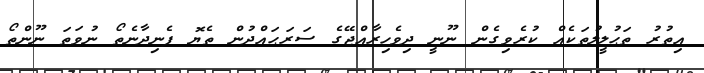
އިތުރު ތަޙުލީލުތަކެއް ކުރެވިގެން ނޫނީ ދިވެހިރާއްޖޭގެ ސަރަޙައްދުން ތެޔޮ ފެނިދާނެތޯ ނުވަތަ ނޫންތޯ